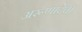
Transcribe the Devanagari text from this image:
अरूणादेवी